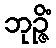
ဘုဉ္ဇိံ